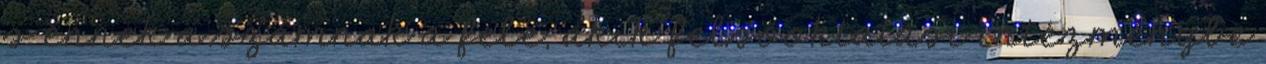
s ennek a számnak a fele, akik felsőoktatási intézménybe